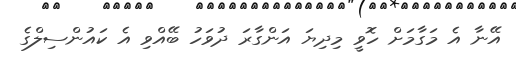
އޭނާ އެ މަގާމަށް ހޮވީ މިދިޔަ އަންގާރަ ދުވަހު ބޭއްވި އެ ކައުންސިލްގެ